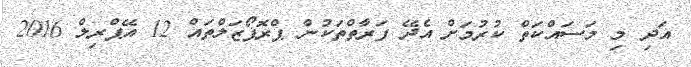
އަދި މި މަސައްކަތް ކުރުމަށް އެދޭ ފަރާތްތަކުން ޕްރޮޕޯޒަލްތައް 12 އޭޕްރިލް 2016